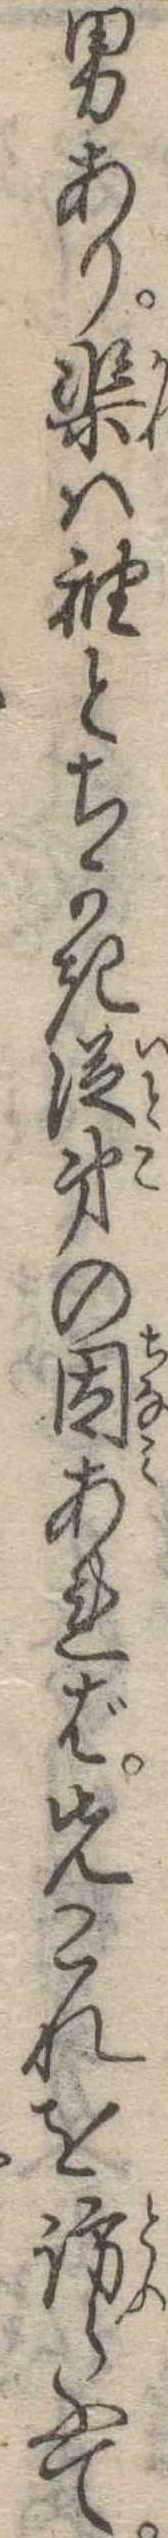
男あり渠は袖とちかき従弟の因あれば先これを訪らふて